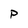
Character: P